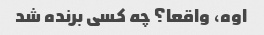
اوه، واقعا؟ چه کسی برنده شد